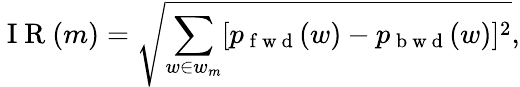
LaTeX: \mathrm{~I~R~}(m)=\sqrt{\sum_{w\in w_{m}}[p_{\mathrm{~f~w~d~}}(w)-p_{\mathrm{~b~w~d~}}(w)]^{2}},